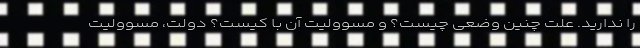
را ندارید. علت چنین وضعی چیست؟ و مسوولیت آن با کیست؟ دولت، مسوولیت